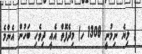
( ލިޔެ ނިމުނީ 1308 ހ) މިދެފޮތް އެއީ ދިވެހި ބަހުން އެންމެ